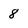
Character: 8